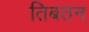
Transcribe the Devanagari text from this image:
तिबतन